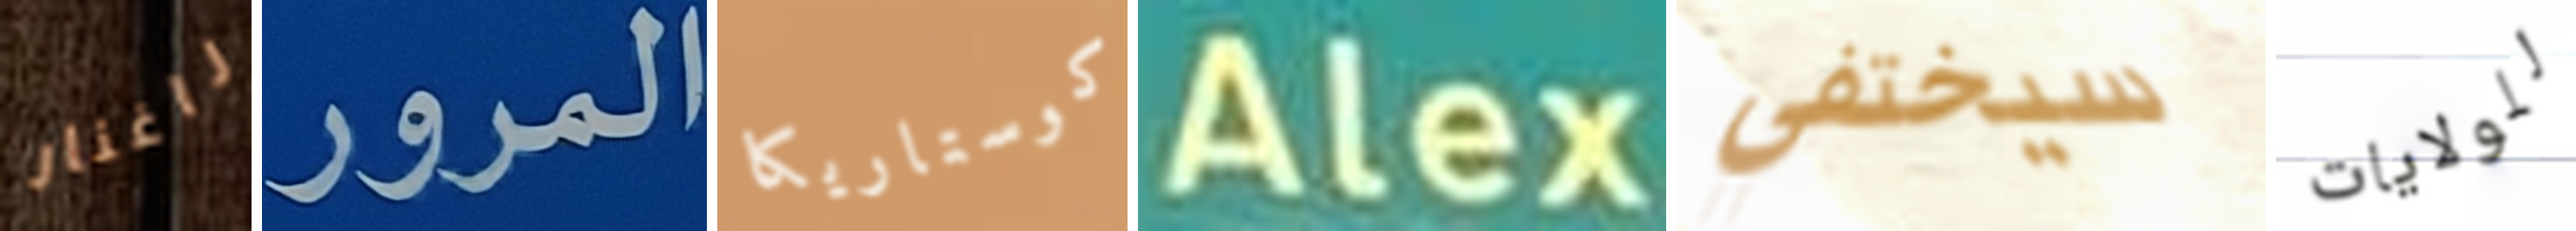
راغنار المرور كوستاريكا Alex سيختفي للولايات